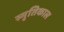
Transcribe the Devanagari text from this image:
स्मृतिकाल